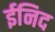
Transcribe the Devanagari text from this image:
ईनिद